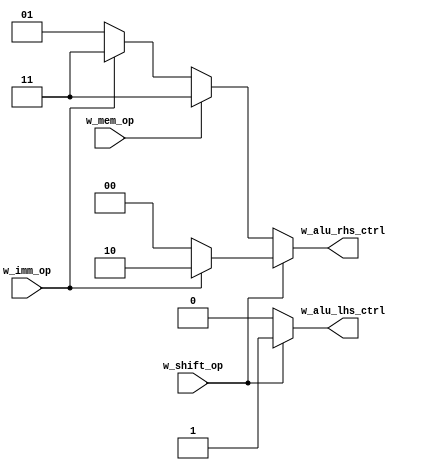
module alu_input_ctrlr(
    w_mem_op,
    w_imm_op,
    w_shift_op,
    w_alu_lhs_ctrl,
    w_alu_rhs_ctrl
);
input wire w_mem_op, w_imm_op, w_shift_op;
output reg w_alu_lhs_ctrl;
output reg [1:0] w_alu_rhs_ctrl;
always @(*)
    begin
        if(w_shift_op)
            begin
            w_alu_lhs_ctrl = 1;
                if(w_imm_op)
                    w_alu_rhs_ctrl = 2'b10;
                else
                    w_alu_rhs_ctrl = 2'b00;
            end
        else if(w_mem_op)
            begin
                w_alu_lhs_ctrl = 0;
                w_alu_rhs_ctrl = 2'b11;
            end
        else
            begin
                w_alu_lhs_ctrl = 0;
                if(w_imm_op)
                    w_alu_rhs_ctrl = 2'b11;
                else
                    w_alu_rhs_ctrl = 2'b01;
            end
    end
endmodule